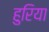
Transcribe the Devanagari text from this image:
हुरिया